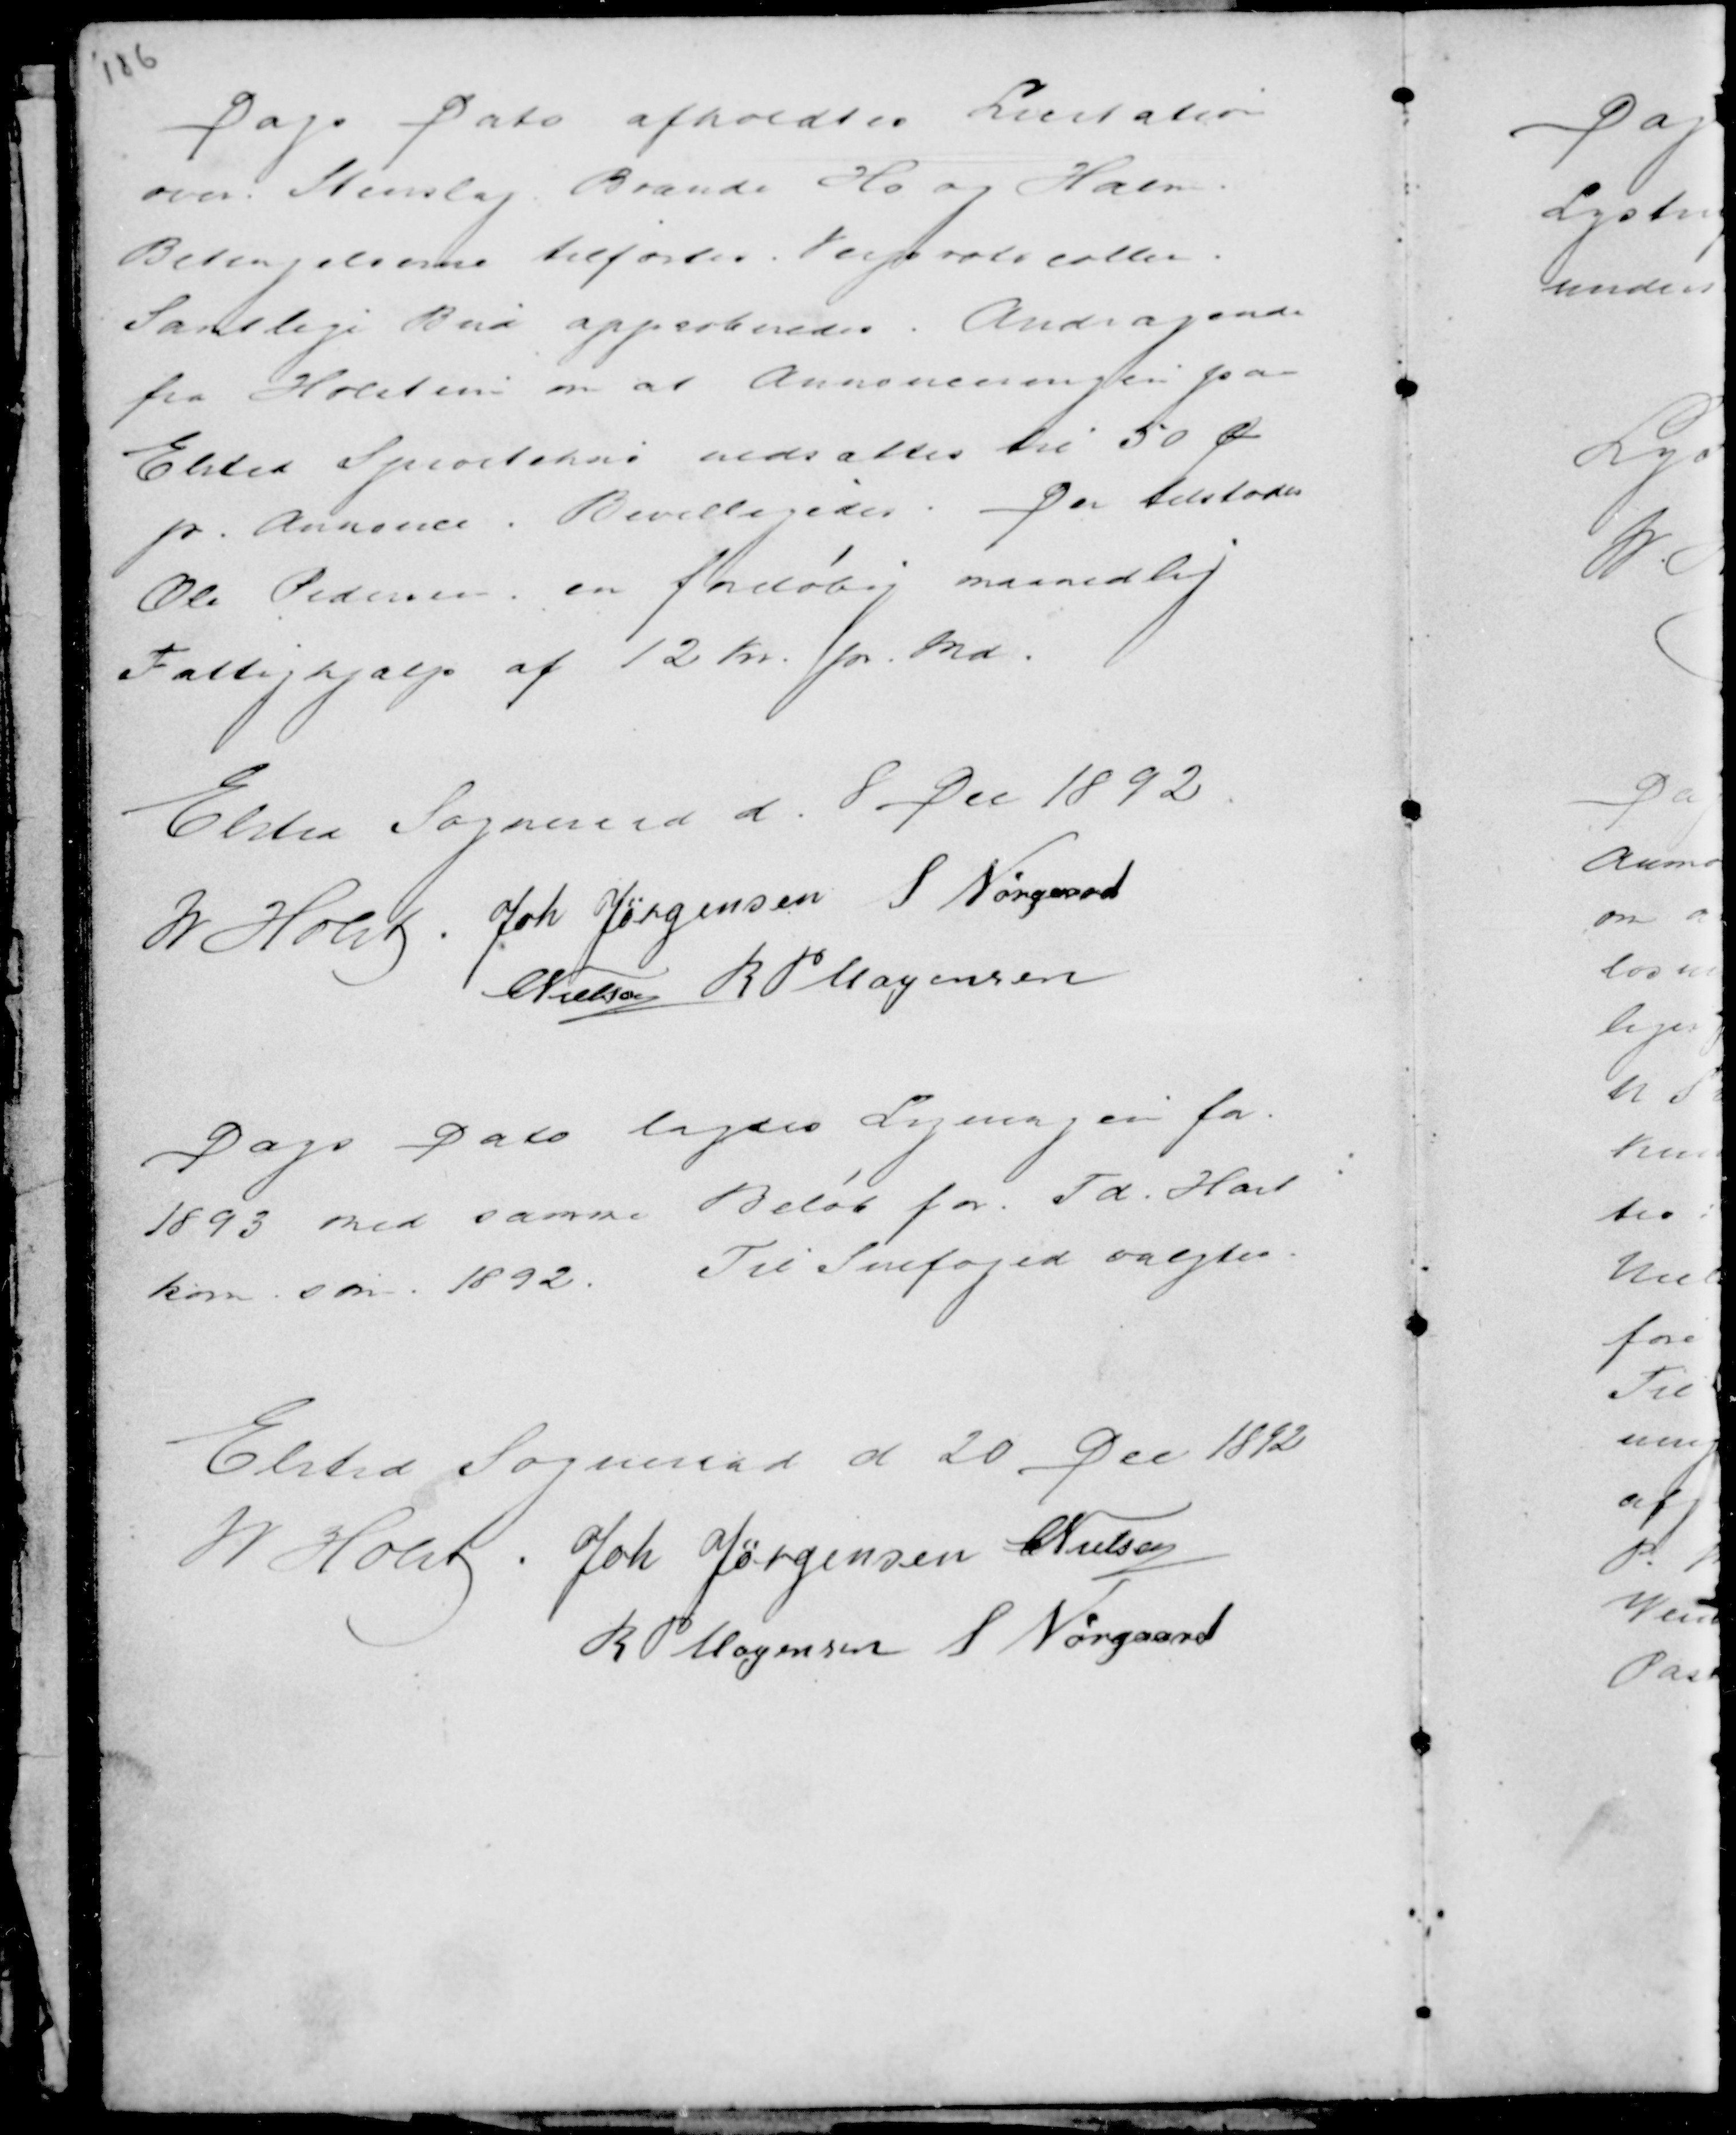
Transskription:
Dags Dato afholdtes Licitation
over Stenslag Brænde Hø og Halm.
Betingelserne tilførtes Veiprotokollen.
Samtlige Bud approberedes. Andragende
fra Holstein om at Annonceringen paa
Elsted Sp........... nedsættes til 50 Ø
pr Annonce. Bevilligedes. Der tilstodes
Ole Pedersen en foreløbig maanedlig
Fattighjælp af 12 Kr. pr. Md.

Elsted Sogneraad d. 8 Dec 1892.
M Holst . Joh Jørgensen S Nørgaard
C Nielsen R P Mogensen

Dags Dato lagdes Ligningen for
1893 med samme Beløb for. Td. Hart
korn som 1892. Til Snefoged valgtes.

Elsted Sogneraad d 20 Dec 1892
M Holst . Joh Jørgensen C Nielsen
R P Mogensen S Nørgaard